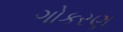
ગોકરણ